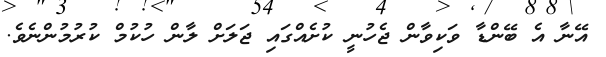
އޭނާ އެ ބޭންޑާ ވަކިވާން ޖެހުނީ ކުށެއްގައި ޖަލަށް ލާން ހުކުމް ކުރުމުންނެވެ.